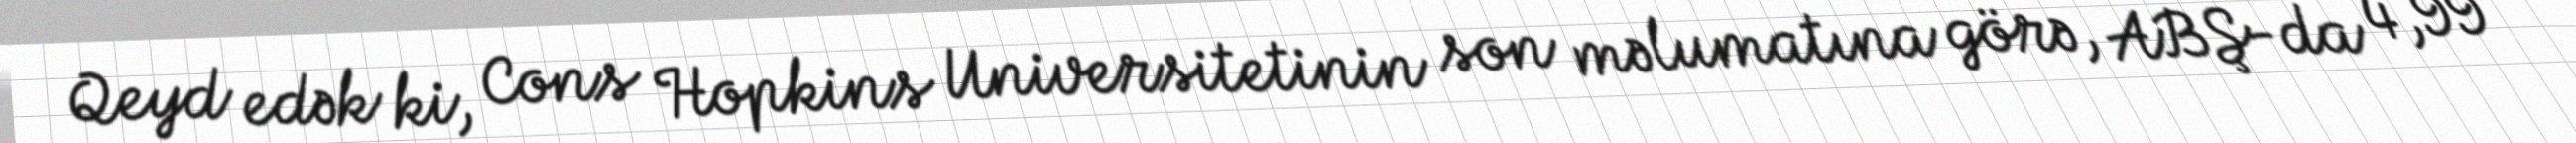
Qeyd edək ki, Cons Hopkins Universitetinin son məlumatına görə, ABŞ-da 4,99